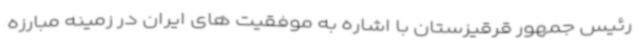
رئیس جمهور قرقیزستان با اشاره به موفقیت های ایران در زمینه مبارزه